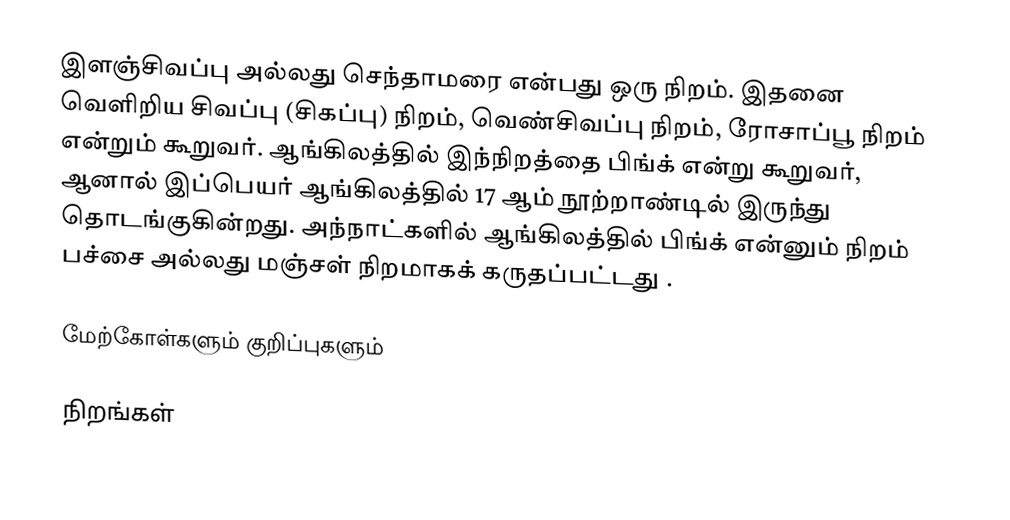
இளஞ்சிவப்பு அல்லது செந்தாமரை என்பது ஒரு நிறம். இதனை வெளிறிய சிவப்பு (சிகப்பு) நிறம், வெண்சிவப்பு நிறம், ரோசாப்பூ நிறம் என்றும் கூறுவர். ஆங்கிலத்தில் இந்நிறத்தை பிங்க் என்று கூறுவர், ஆனால் இப்பெயர் ஆங்கிலத்தில் 17 ஆம் நூற்றாண்டில் இருந்து தொடங்குகின்றது. அந்நாட்களில் ஆங்கிலத்தில் பிங்க் என்னும் நிறம் பச்சை அல்லது மஞ்சள் நிறமாகக் கருதப்பட்டது .

மேற்கோள்களும் குறிப்புகளும்

நிறங்கள்